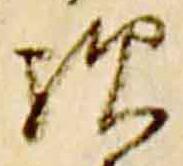
歟